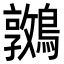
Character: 𪆝